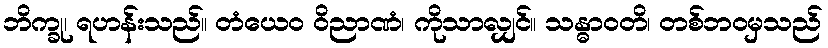
ဘိက္ခု၊ ရဟန်းသည်။ တံယေဝ ဝိညာဏံ၊ ကိုသာလျှင်။ သန္ဓာဝတိ၊ တစ်ဘဝမှသည်